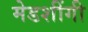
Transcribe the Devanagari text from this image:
मेडशींगी